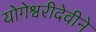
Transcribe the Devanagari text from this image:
योगेश्वरीदेवीने